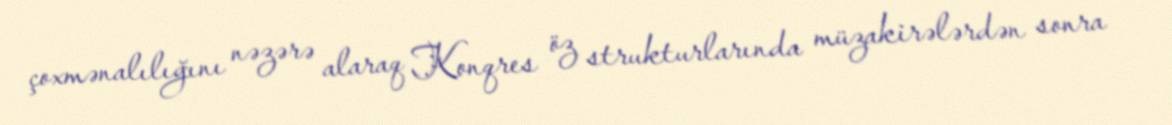
çoxmənalılığını nəzərə alaraq Konqres öz strukturlarında müzakirələrdən sonra